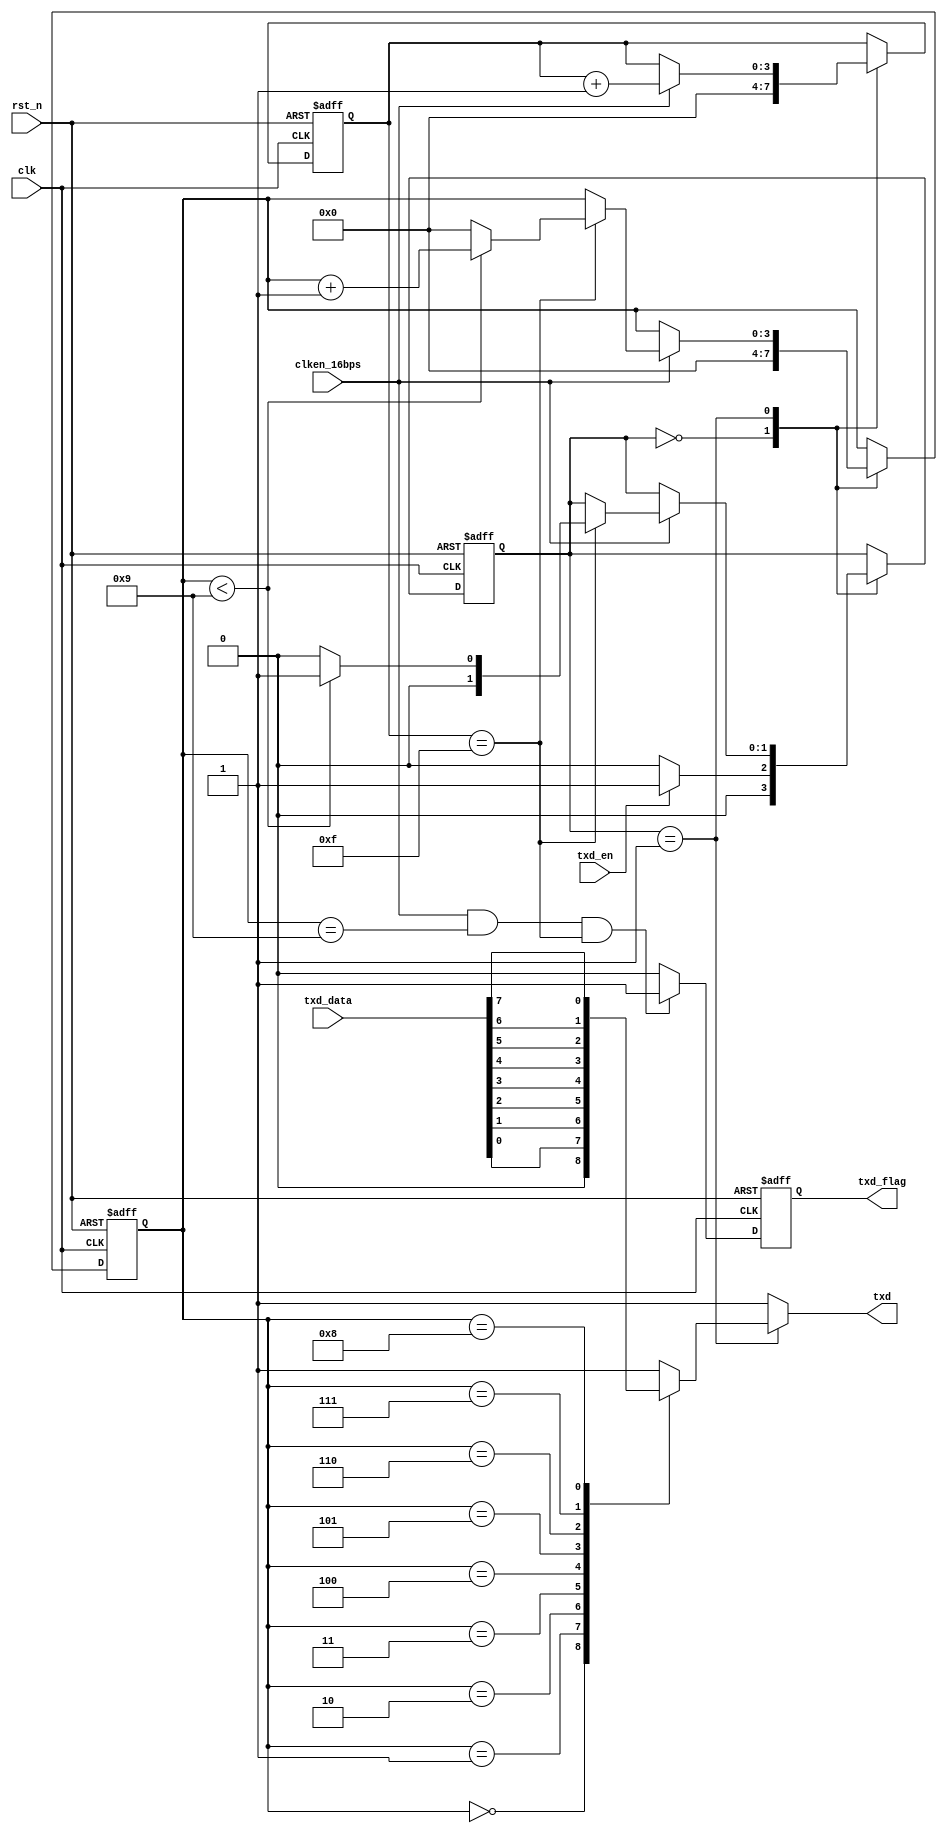
`timescale 1ns / 1ps
//////////////////////////////////////////////////////////////////////////////////
// Company: 
// Engineer: 
// 
// Design Name: 
// Module Name: Uart_transfer
// Project Name: 
// Target Devices: 
// Tool Versions: 
// Description: 
// 
// Dependencies: 
// 
// Revision:
// Revision 0.01 - File Created
// Additional Comments:
// 
//////////////////////////////////////////////////////////////////////////////////


module Uart_transfer
(
	//gobal clock
	input				clk,
	input				rst_n,
	
	//uart interface
	input				clken_16bps,//clk_bps * 16
	output	reg			txd,		//uart txd interface
	
	//user interface
	input				txd_en,		//uart data transfer enable
	input		[7:0]	txd_data,	//uart transfer data
	output	reg			txd_flag	//uart data transfer done
);

/**************************************************************************
..IDLE...Start...............UART DATA........................End...IDLE...
________													 ______________
        |____< D0 >< D1 >< D2 >< D3 >< D4 >< D5 >< D6 >< D7 >
		Bit0  Bit1  Bit2  Bit3  Bit4  Bit5  Bit6  Bit7  Bit8  Bit9
**************************************************************************/
//---------------------------------------
//parameter of uart transfer
localparam	T_IDLE	=	2'b0;	//test the flag to transfer data
localparam	T_SEND	=	2'b1;	//uart transfer data
reg	[1:0]	txd_state;			//uart transfer state
reg	[3:0]	smp_cnt;			//16 * clk_bps, the center for sample
reg	[3:0]	txd_cnt;			//txd data counter
localparam	SMP_TOP		=	4'd15;
localparam	SMP_CENTER	=	4'd7;
always@(posedge clk	or negedge rst_n)
begin
	if(!rst_n)
		begin
		smp_cnt <= 0;
		txd_cnt <= 0;	
		txd_state <= T_IDLE;
		end
	else
		begin
		case(txd_state)
		T_IDLE:		
			begin
			smp_cnt <= 0;
			txd_cnt <= 0;
			if(txd_en == 1)
				txd_state <= T_SEND;
			else
				txd_state <= T_IDLE;
			end	
		T_SEND:	
			begin
			if(clken_16bps == 1)
				begin
				smp_cnt <= smp_cnt + 1'b1;
				if(smp_cnt == SMP_TOP)
					begin
					if(txd_cnt < 4'd9)
						begin
						txd_cnt <= txd_cnt + 1'b1;
						txd_state <= T_SEND;
						end
					else
						begin
						txd_cnt <= 0;
						txd_state <= T_IDLE;
						end
					end
				else
					begin
					txd_cnt <= txd_cnt;
					txd_state <= txd_state;
					end
				end	
			else
				begin
				txd_cnt <= txd_cnt;
				txd_state <= txd_state;
				end
			end		
		endcase
		end
end


//--------------------------------------
//uart 8 bit data transfer
always@(*)
begin
	if(txd_state == T_SEND)
		case(txd_cnt)
		4'd0:	txd = 0;
		4'd1:	txd = txd_data[0];
		4'd2:	txd = txd_data[1];
		4'd3:	txd = txd_data[2];
		4'd4:	txd = txd_data[3];
		4'd5:	txd = txd_data[4];
		4'd6:	txd = txd_data[5];
		4'd7:	txd = txd_data[6];
		4'd8:	txd = txd_data[7];
		4'd9:	txd = 1;
		default:txd = 1;
		endcase
	else
		txd = 1'b1;	//default state
end


//-------------------------------------
//Capture the falling of data transfer over
always@(posedge clk or negedge rst_n)
begin
	if(!rst_n)
		txd_flag <= 0;
	else if(clken_16bps == 1 &&  txd_cnt == 4'd9 && smp_cnt == SMP_TOP)	//Totally 8 data is done
		txd_flag <= 1;
	else
		txd_flag <= 0;
end

endmodule